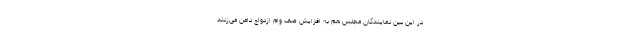
در این بین نمایندگان مجلس هم به افزایش صف وام ازدواج دامن می‌زنند